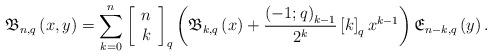
LaTeX: \begin{align*}\mathfrak{B}_{n,q}\left( x,y\right) ={\displaystyle\sum\limits_{k=0}^{n}}\left[\begin{array}[c]{c}n\\k\end{array}\right] _{q}\left( \mathfrak{B}_{k,q}\left( x\right) +\frac{\left(-1;q\right) _{k-1}}{2^{k}}\left[ k\right] _{q}x^{k-1}\right)\mathfrak{E}_{n-k,q}\left( y\right) . \end{align*}